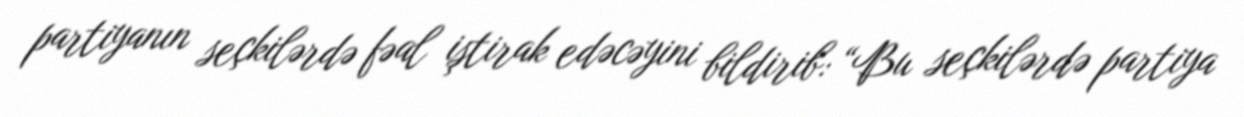
partiyanın seçkilərdə fəal iştirak edəcəyini bildirib: “Bu seçkilərdə partiya